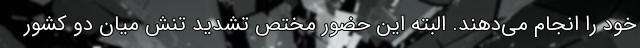
خود را انجام می‌دهند. البته این حضور مختص تشدید تنش میان دو کشور